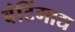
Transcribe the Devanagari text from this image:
बंटिंगाद्य